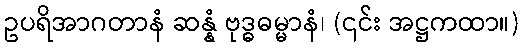
ဥပရိအာဂတာနံ ဆန္နံ ဗုဒ္ဓဓမ္မာနံ၊ (၎င်း အဋ္ဌကထာ။)